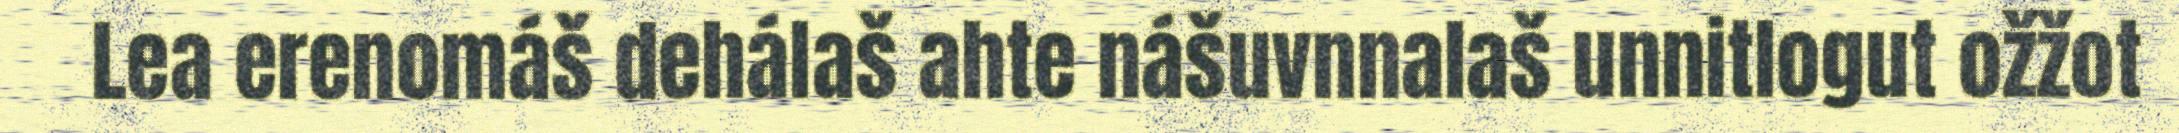
Lea erenomáš dehálaš ahte nášuvnnalaš unnitlogut ožžot